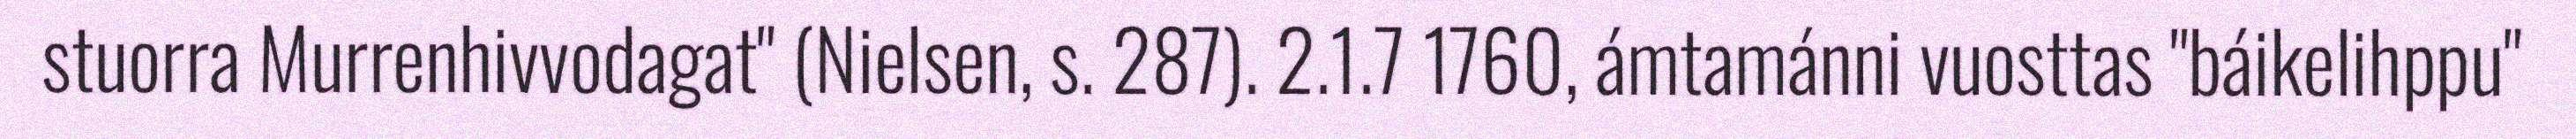
stuorra Murrenhivvodagat" (Nielsen, s. 287). 2.1.7 1760, ámtamánni vuosttas "báikelihppu"